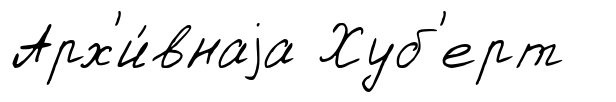
Арх'и́внаjа Хуб'ерт